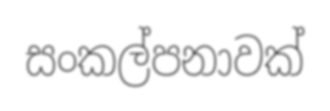
සංකල්පනාවක්